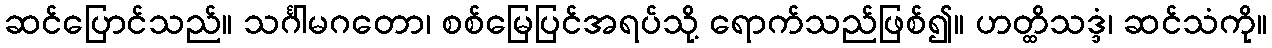
ဆင်ပြောင်သည်။ သင်္ဂါမဂတော၊ စစ်မြေပြင်အရပ်သို့ ရောက်သည်ဖြစ်၍။ ဟတ္ထိသဒ္ဒံ၊ ဆင်သံကို။